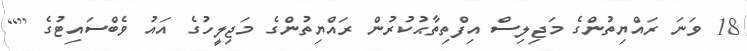
18 ވަނަ ރައްޔިތުންގެ މަޖިލިސް އިފްތިތާޙުކުރުން ރައްޔިތުންގެ މަޖިލީހުގެ އައު ވެބްސައިޓުގެ []